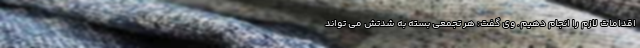
اقدامات لازم را انجام دهیم. وی گفت: هر تجمعی بسته به شدتش می تواند